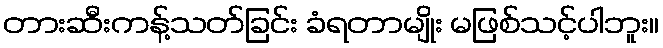
တားဆီးကန့်သတ်ခြင်း ခံရတာမျိုး မဖြစ်သင့်ပါဘူး။